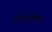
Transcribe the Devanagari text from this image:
दालमेशिया